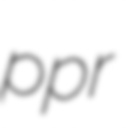
ppr